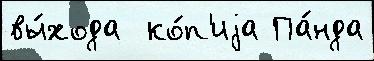
вы́хода  ко́п'иjа Па́нда